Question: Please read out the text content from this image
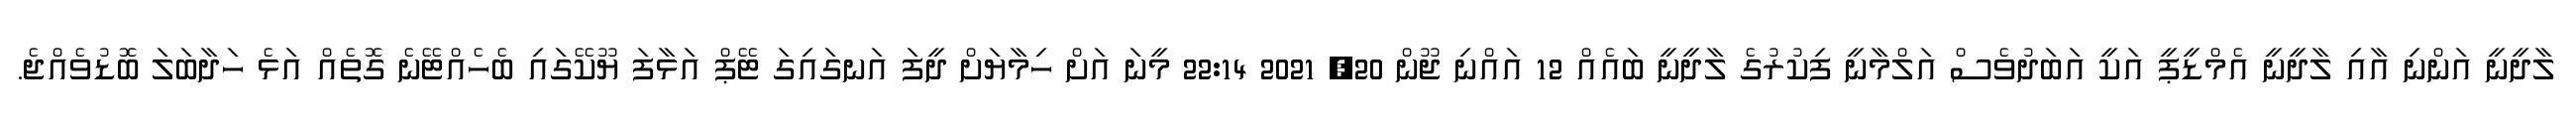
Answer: ލާދީނީ އަންނި އާއި ލާދީނީ އެމްޑީޕީ އަކީ އަބަދުވެސް އަލްމާނީ ފިކުރުގެ ލާދީނީ ބައެއް 12 އައްނި ޖޫން 20, 2021 22:14 މީނަ އަށް ހިމާޔަށް ދީފަ އަނގައިގަ ޓޭޕް އަޅާފަ ޔޫކޭގައި ބެހެއްޓޭނެ ގޮތެއް އަޅެ ހަދާބަލަ ބޮޑުވެއްޖެ.